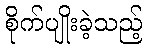
စိုက်ပျိုးခဲ့သည့်